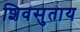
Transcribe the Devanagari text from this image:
शिवसुताय